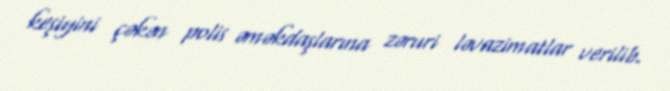
keşiyini çəkən polis əməkdaşlarına zəruri ləvazimatlar verilib.